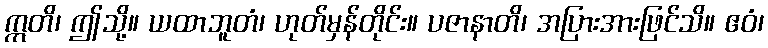
ဣတိ၊ ဤသို့။ ယထာဘူတံ၊ ဟုတ်မှန်တိုင်း။ ပဇာနာတိ၊ အပြားအားဖြင်သိ။ ဧဝံ၊